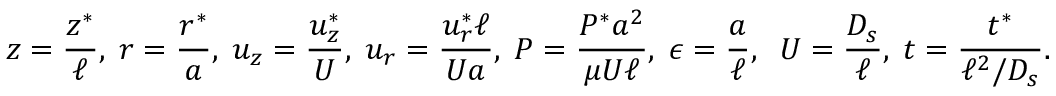
z = \frac { z ^ { * } } { \ell } , \; r = \frac { r ^ { * } } { a } , \; u _ { z } = \frac { u _ { z } ^ { * } } { U } , \; u _ { r } = \frac { u _ { r } ^ { * } \ell } { U a } , \; P = \frac { P ^ { * } a ^ { 2 } } { \mu U \ell } , \; \epsilon = \frac { a } { \ell } , \; \; U = \frac { D _ { s } } { \ell } , \; t = \frac { t ^ { * } } { \ell ^ { 2 } / D _ { s } } .